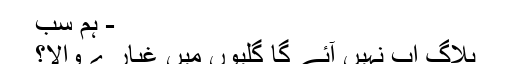
- ہم سب
بلاگ اب نہیں آئے گا گلیوں میں غبارے والا؟